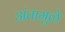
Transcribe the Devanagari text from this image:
अंतामुळे